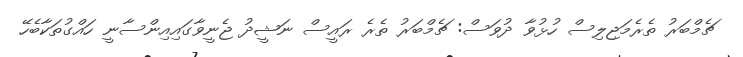
ޗެމްބަރު ތެރެމަޖިލިސް ހުޅުވާ ދުވަސް: ޗެމްބަރު ތެރެ ރައީސް ނަޝީދު ޖެނީވާގައިއިންސާނީ ހައްގުތަކާބެހޭ